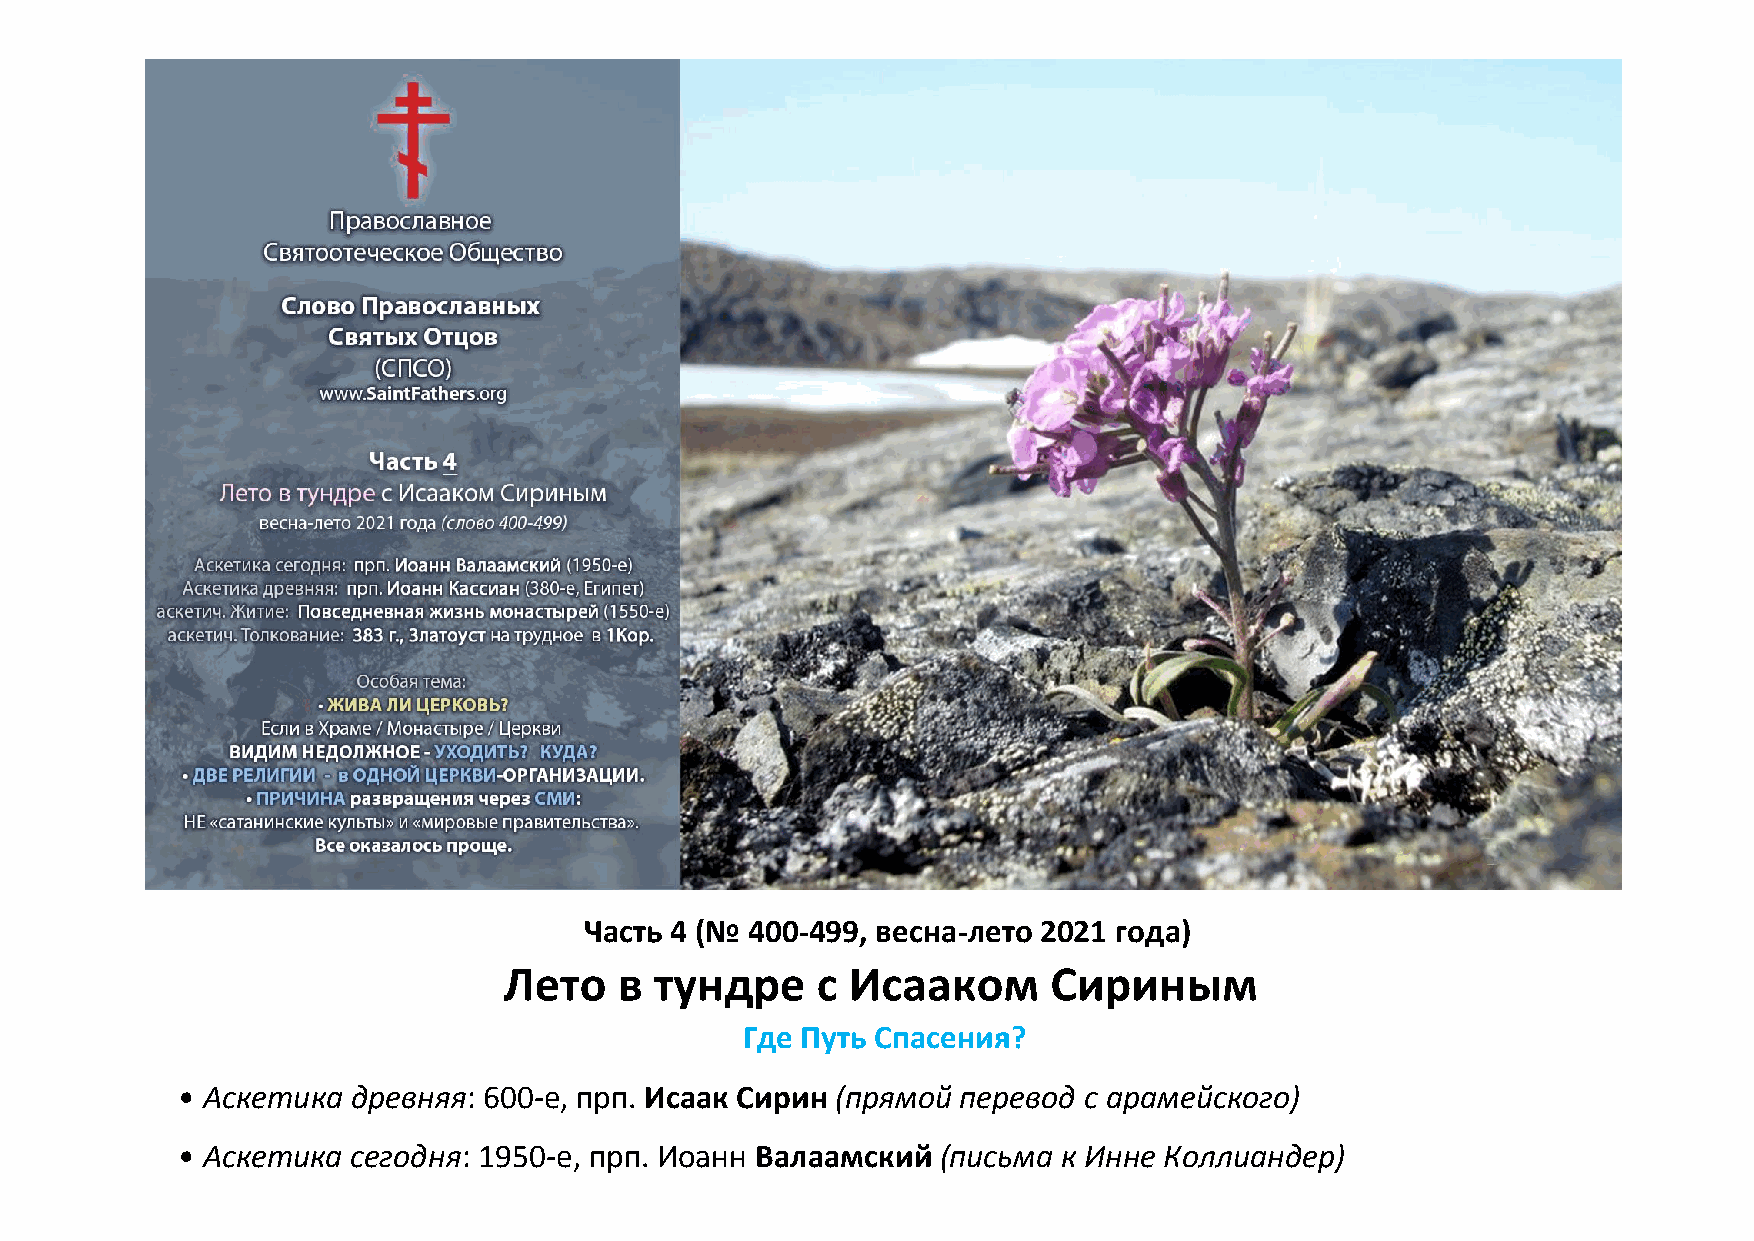
Часть 4 (№ 400-499, весна-лето 2021 года)
 Лето    в тундре     с Исааком       Сириным
 Где Путь Спасения?
 • Аскетика древняя: 600-е, прп. Исаак Сирин (прямой перевод с арамейского)
 • Аскетика сегодня: 1950-е, прп. Иоанн Валаамский (письма к Инне Коллиандер)